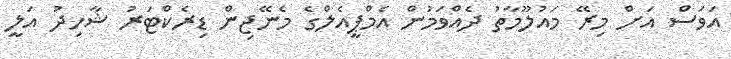
އަވަސް އަށް މިރޭ މައުލޫމާތު ދެއްވަމުން އެމްޕީއެލްގެ މެނޭޖިން ޑިރެކްޓަރު ޝާހިދު އަލީ